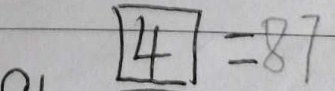
\boxed { 4 } = 8 7